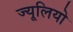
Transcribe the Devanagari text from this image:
ज्यूलियो